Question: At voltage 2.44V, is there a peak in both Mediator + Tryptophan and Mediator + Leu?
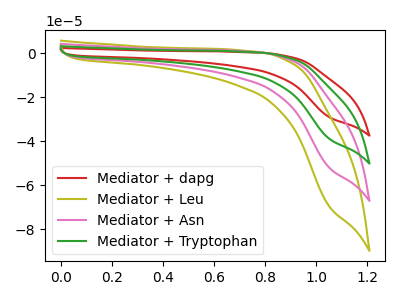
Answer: <think>The red curve "Mediator + dapg" has no peaks. The olive curve "Mediator + Leu" has no peaks. The pink curve "Mediator + Asn" has no peaks. The green curve "Mediator + Tryptophan" has no peaks.</think>
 <answer>No, "Mediator + Tryptophan" and "Mediator + Leu" dont share a peak at 2.44V.</answer>
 <eval>mismatch</eval>